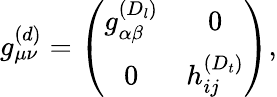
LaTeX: g_{\mu\nu}^{(d)}=\left(\begin{array}{cc}{{g_{\alpha\beta}^{(D_{l})}}}&{{0}}\\ {{0}}&{{h_{ij}^{(D_{t})}}}\end{array}\right),